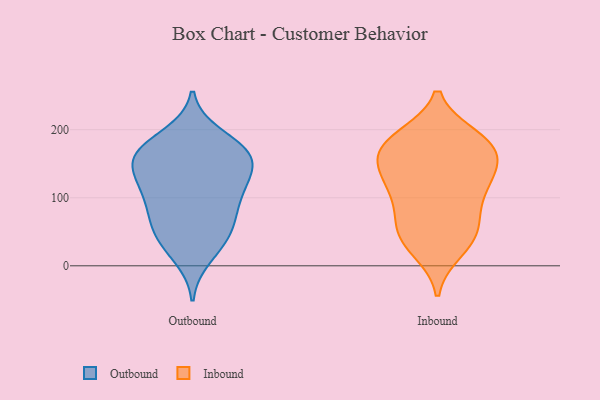
{"axis": {"x": "Conversion Rate (%)", "y": "Value"}, "legend": ["Inbound", "Outbound"], "data": [{"x": "", "y": 120, "type": "Outbound"}, {"x": "", "y": 163, "type": "Outbound"}, {"x": "", "y": 117, "type": "Outbound"}, {"x": "", "y": 192, "type": "Outbound"}, {"x": "", "y": 156, "type": "Outbound"}, {"x": "", "y": 110, "type": "Outbound"}, {"x": "", "y": 70, "type": "Outbound"}, {"x": "", "y": 166, "type": "Outbound"}, {"x": "", "y": 44, "type": "Outbound"}, {"x": "", "y": 86, "type": "Outbound"}, {"x": "", "y": 151, "type": "Outbound"}, {"x": "", "y": 13, "type": "Outbound"}, {"x": "", "y": 154, "type": "Outbound"}, {"x": "", "y": 163, "type": "Outbound"}, {"x": "", "y": 34, "type": "Outbound"}, {"x": "", "y": 117, "type": "Outbound"}, {"x": "", "y": 181, "type": "Outbound"}, {"x": "", "y": 74, "type": "Outbound"}, {"x": "", "y": 48, "type": "Outbound"}, {"x": "", "y": 168, "type": "Inbound"}, {"x": "", "y": 123, "type": "Inbound"}, {"x": "", "y": 182, "type": "Inbound"}, {"x": "", "y": 40, "type": "Inbound"}, {"x": "", "y": 134, "type": "Inbound"}, {"x": "", "y": 164, "type": "Inbound"}, {"x": "", "y": 24, "type": "Inbound"}, {"x": "", "y": 122, "type": "Inbound"}, {"x": "", "y": 177, "type": "Inbound"}, {"x": "", "y": 146, "type": "Inbound"}, {"x": "", "y": 85, "type": "Inbound"}, {"x": "", "y": 182, "type": "Inbound"}, {"x": "", "y": 109, "type": "Inbound"}, {"x": "", "y": 49, "type": "Inbound"}, {"x": "", "y": 188, "type": "Inbound"}, {"x": "", "y": 71, "type": "Inbound"}, {"x": "", "y": 42, "type": "Inbound"}]}